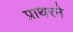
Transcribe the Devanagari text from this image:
प्राथरने